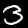
Digit: 3